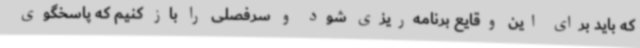
که باید برای این وقایع برنامه‌ریزی شود و سرفصلی را باز کنیم که پاسخگوی